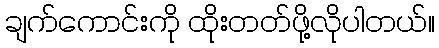
ချက်ကောင်းကို ထိုးတတ်ဖို့လိုပါတယ်။